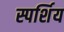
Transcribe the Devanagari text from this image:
स्पर्शिय